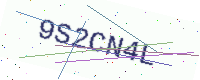
Text: 9S2CN4L